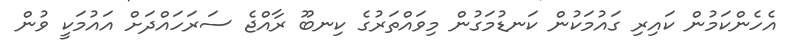
އެހެންކަމުން ކައިރި ގައުމަކުން ކަނޑުމަގުން މިވައްތަރުގެ ކިނބޫ ރާއްޖެ ސަރަހައްދަށް އައުމަކީ ވުން